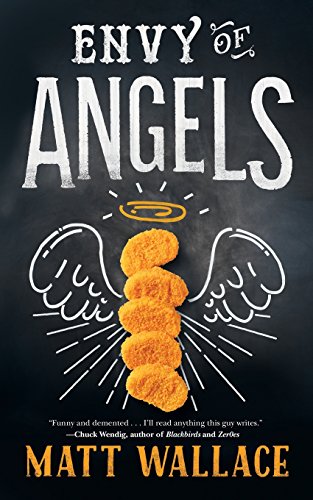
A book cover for Envy of Angels: A Sin du Jour Affair; Matt Wallace; Science Fiction & Fantasy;